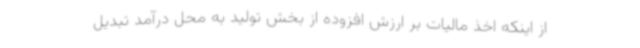
از اینکه اخذ مالیات بر ارزش افزوده از بخش تولید به محل درآمد تبدیل